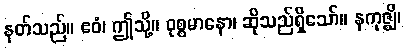
နတ်သည်။ ဧဝံ၊ ဤသို့။ ဝုစ္စမာနော၊ ဆိုသည်ရှိသော်။ နကုဇ္ဈိ၊